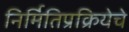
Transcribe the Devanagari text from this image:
निर्मितिप्रक्रियेचे